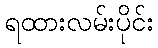
ရထားလမ်းပိုင်း